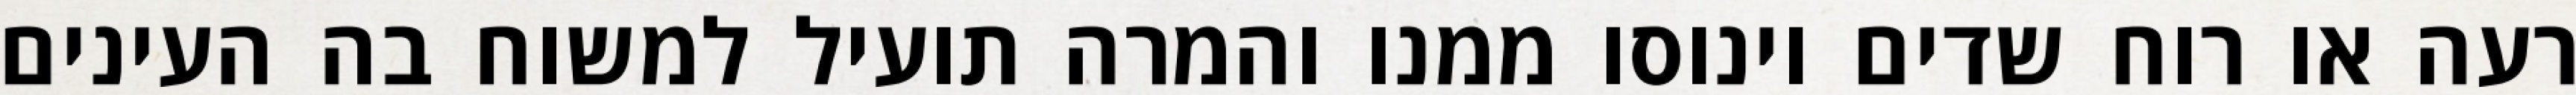
רעה או רוח שדים וינוסו ממנו והמרה תועיל למשוח בה העינים